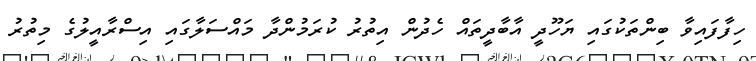
ހިފާފައިވާ ބިންތަކުގައި ޔަހޫދީ އާބާދީތައް ހެދުން އިތުރު ކުރަމުންދާ މައްސަލާގައި އިސްރާއީލުގެ މިތުރު